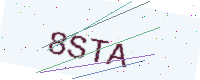
Text: 8STA